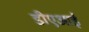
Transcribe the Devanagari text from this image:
डीएआई